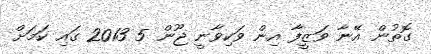
ގޮތުން އޭނާ ވަޒީފާ އިން ވަކިވާނީ ޖޫން 5 2013 ގައި ކަމަށް